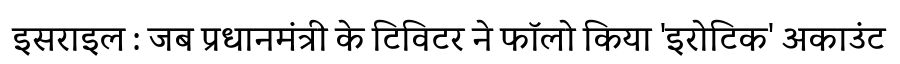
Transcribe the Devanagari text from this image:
इसराइल : जब प्रधानमंत्री के टिविटर ने फॉलो किया 'इरोटिक' अकाउंट